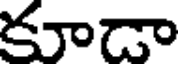
కూడా